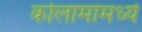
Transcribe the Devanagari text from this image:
कोलामांमध्ये